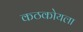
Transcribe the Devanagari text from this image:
कठकोयला